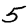
Digit: 5